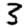
Digit: 3